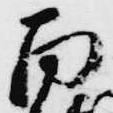
雨